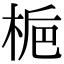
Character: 梔